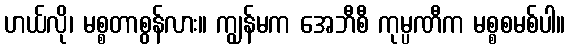
ဟယ်လို၊ မစ္စတာစွန်လား။ ကျွန်မက အေဘီစီ ကုမ္ပဏီက မစ္စစမစ်ပါ။